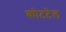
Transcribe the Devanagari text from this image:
कोटटेल